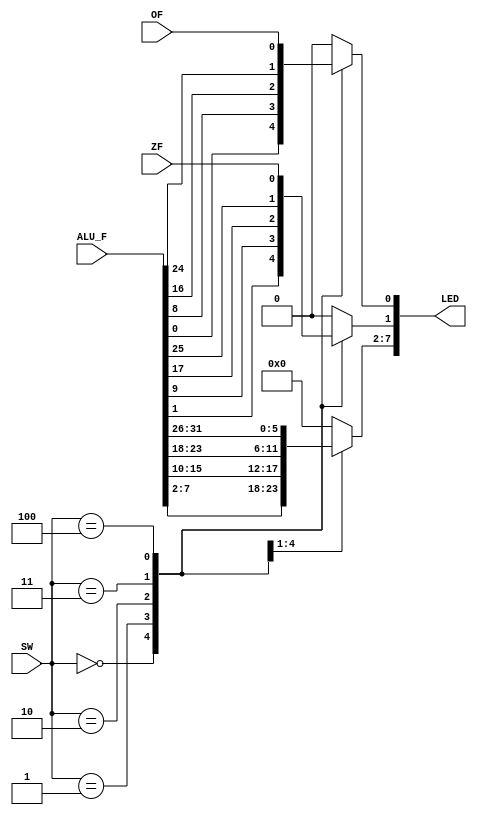
module LED_DISPLAY(
		input OF, ZF,
		input [2:0] SW,
		input [31:0] ALU_F,
		output reg [7:0] LED
	);
	always @(*)
	begin
		case(SW[2:0])
			3'd0: begin
				LED = ALU_F[7:0];
			end
			3'd1: begin
				LED = ALU_F[15:8];
			end
			3'd2: begin
				LED = ALU_F[23:16];
			end
			3'd3: begin
				LED = ALU_F[31:24];
			end
			3'd4: begin
				LED[0] = OF;
				LED[1] = ZF;
				LED[7:2] = 6'd0;
			end
			default: begin
				LED = 8'd0;
			end
		endcase
	end
endmodule